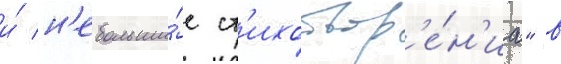
и́ н'ебольши́е ст'ихотвор'е́н'иа" в